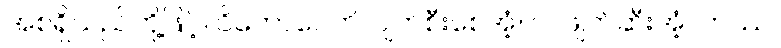
အစရှိသည်တို့ဖြင့်။ ဝိကောပေတိ၊ ပျက်စီးစေအံ့။ ဝါ၊ ဖျက်ဆီးအံ့။ တဿ၊